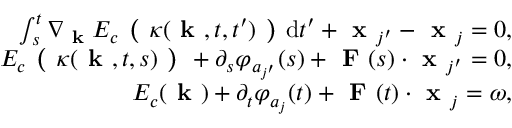
\begin{array} { r } { \int _ { s } ^ { t } \nabla _ { \textbf { k } } E _ { c } \textbf { ( } \kappa ( \textbf { k } , t , t ^ { \prime } ) \textbf { ) } \mathrm { d } t ^ { \prime } + \textbf { x } _ { j ^ { \prime } } - \textbf { x } _ { j } = 0 , } \\ { E _ { c } \textbf { ( } \kappa ( \textbf { k } , t , s ) \textbf { ) } + \partial _ { s } \varphi _ { a _ { j ^ { \prime } } } ( s ) + \textbf { F } ( s ) \cdot \textbf { x } _ { j ^ { \prime } } = 0 , } \\ { E _ { c } ( \textbf { k } ) + \partial _ { t } \varphi _ { a _ { j } } ( t ) + \textbf { F } ( t ) \cdot \textbf { x } _ { j } = \omega , } \end{array}